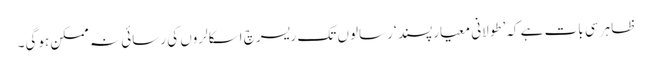
ظاہر سی بات ہے کہ’طولانی معیارپسند ‘ رسالوں تک ریسرچ اسکالروں کی رسائی نہ ممکن ہوگی۔